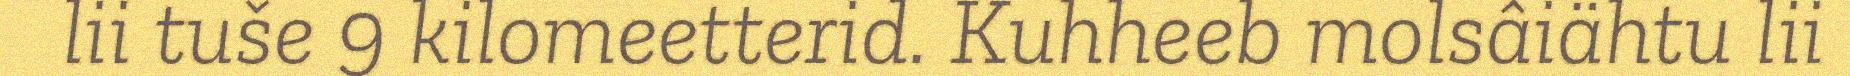
lii tuše 9 kilomeetterid. Kuhheeb molsâiähtu lii